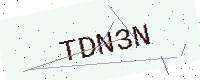
Text: TDN3N